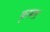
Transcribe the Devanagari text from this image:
कृमश